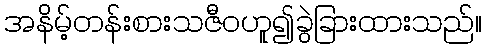
အနိမ့်တန်းစားသဇီဝဟူ၍ခွဲခြားထားသည်။